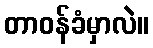
တာဝန်ခံမှာလဲ။